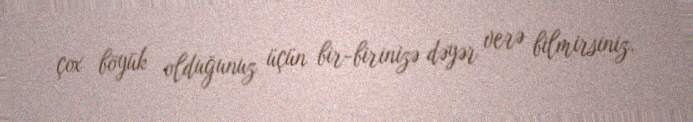
çox böyük olduğunuz üçün bir-birinizə dəyər verə bilmirsiniz.